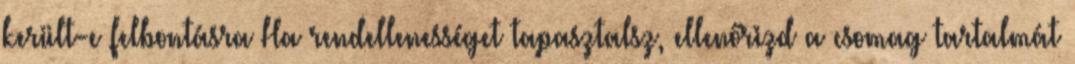
került-e felbontásra Ha rendellenességet tapasztalsz, ellenőrizd a csomag tartalmát